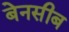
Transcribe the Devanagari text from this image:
बेनसीब